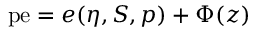
\mathrm { p e } = e ( \eta , S , p ) + \Phi ( z )